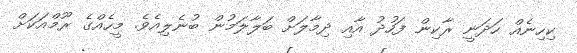
ކިހިނެއް ހަދަނީ ރާކިން ފަހުދު އާއި ދިމާލަށް ބަލާލަމުން ބުނެލިއެވެ. މީހެއްގެ ރޫމްއަކަށް